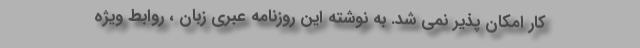
کار امکان پذیر نمی شد. به نوشته این روزنامه عبری زبان ، روابط ویژه